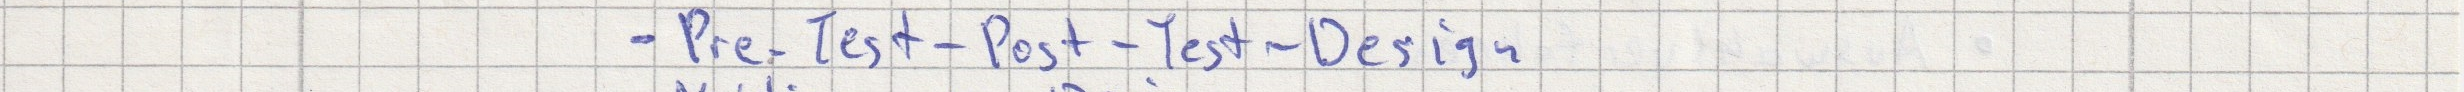
- Pre-Test-Post-Test-Design